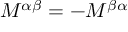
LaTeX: M ^ { \alpha \beta } = - M ^ { \beta \alpha }